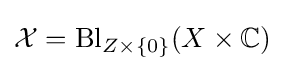
{\mathcal {X}}=\operatorname {Bl} _{Z\times \{0\}}(X\times \mathbb {C} )